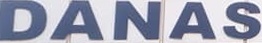
DANAS